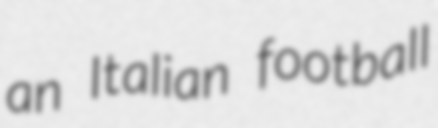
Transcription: an Italian football